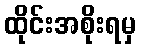
ထိုင်းအစိုးရမှ